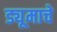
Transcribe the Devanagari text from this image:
ड्यूमाचे